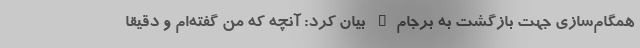
همگام‌سازی جهت بازگشت به برجام" بیان کرد: آنچه که من گفته‌ام و دقیقا